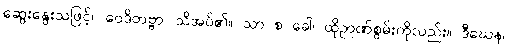
ဆွေးနွေးသဖြင့်။ ဝေဒိတဗ္ဗာ၊ သိအပ်၏။ သာ စ ခေါ၊ ထိုဉာဏ်စွမ်းကိုလည်း။ ဒီဃေန၊